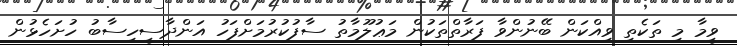
ވީމާ މި ތަކެތި ވިއްކަން ބޭނުންވާ ފަރާތްތަކުން މަޢުލޫމާތު ސާފުކުރުމަށްފަހު އަންދާސީހިސާބު ހުށަހެޅުން